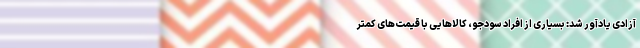
آزادی یادآور شد: بسیاری از افراد سودجو، کالاهایی با قیمت‌های کمتر